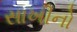
સાખીનો